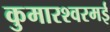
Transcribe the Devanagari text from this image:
कुमारश्‍वरमई